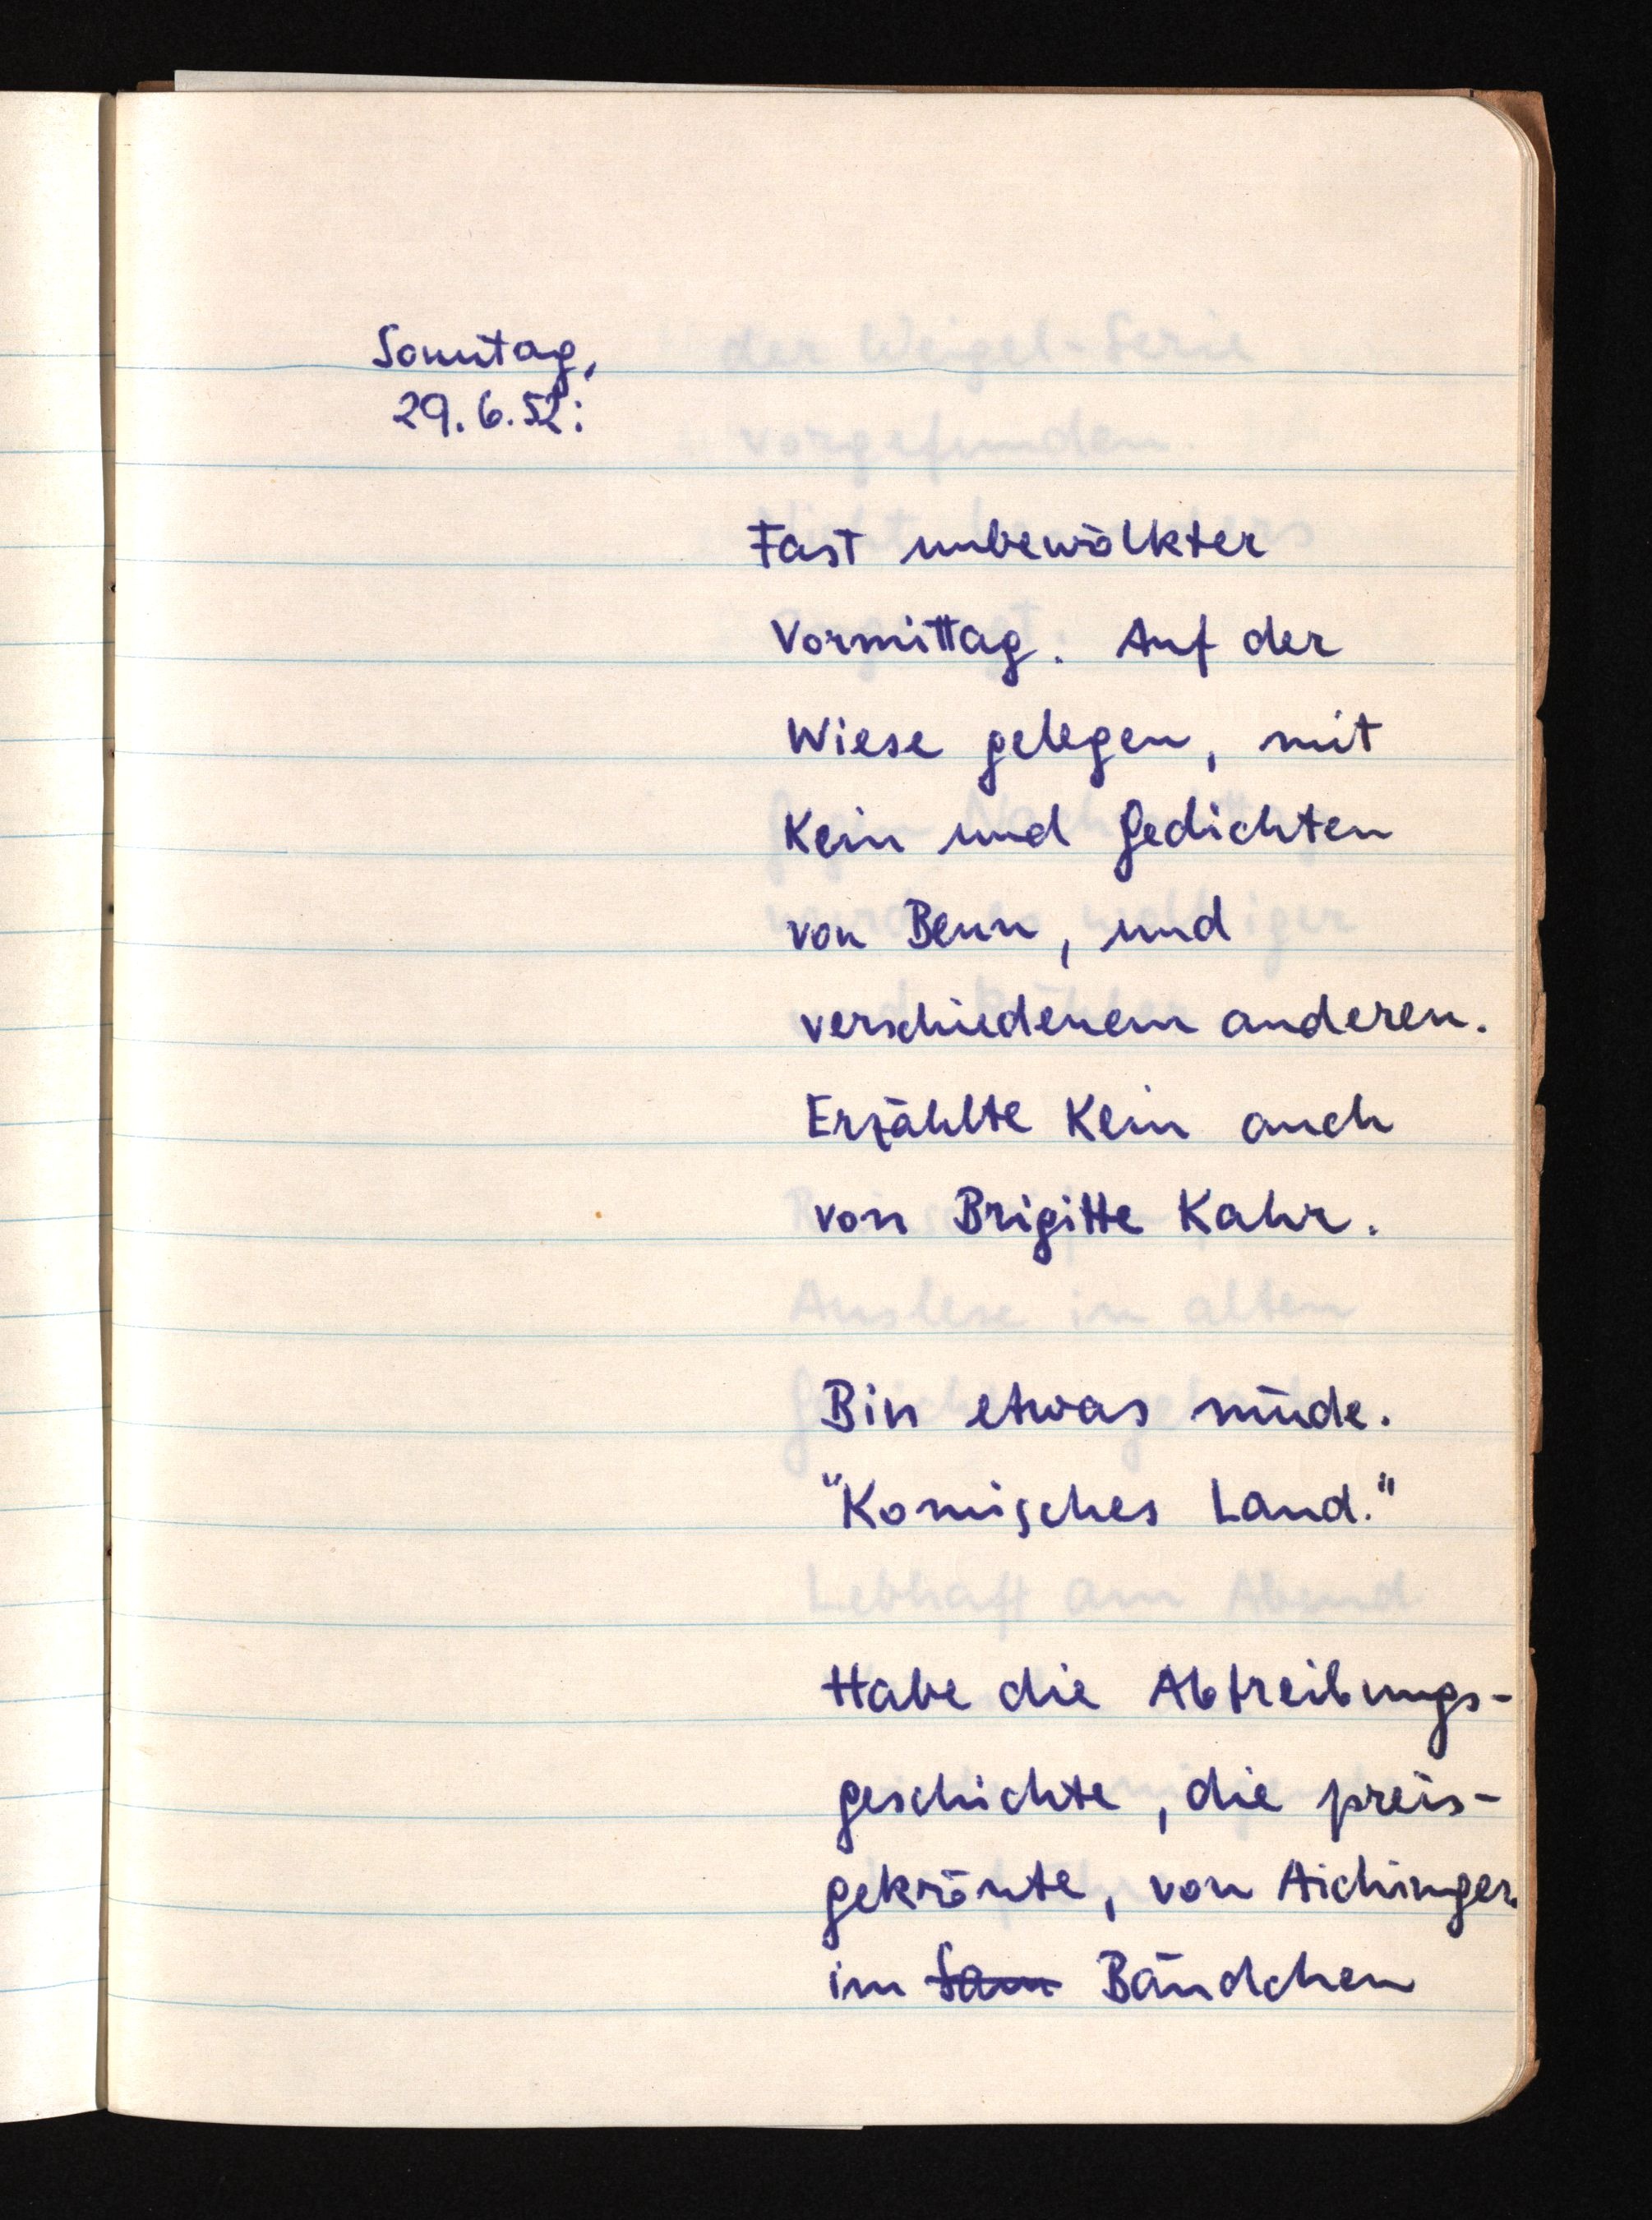
Sonntag,
29.6.52:
Fast unbewölkter
Vormittag. Auf der
Wiese gelegen, mit
Kein und Gedichten
von Benn, und
verschiedenem anderen.
Erzählte Kein auch
von Brigitte Kahr.
Bin etwas müde.
"Komisches Land."
Habe die Abtreibungs¬
geschichte, die preis¬
gekrönte, von Aichinger
im Sam Bändchen